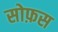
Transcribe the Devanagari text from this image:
सोफ़स